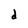
Character: d